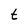
Character: t